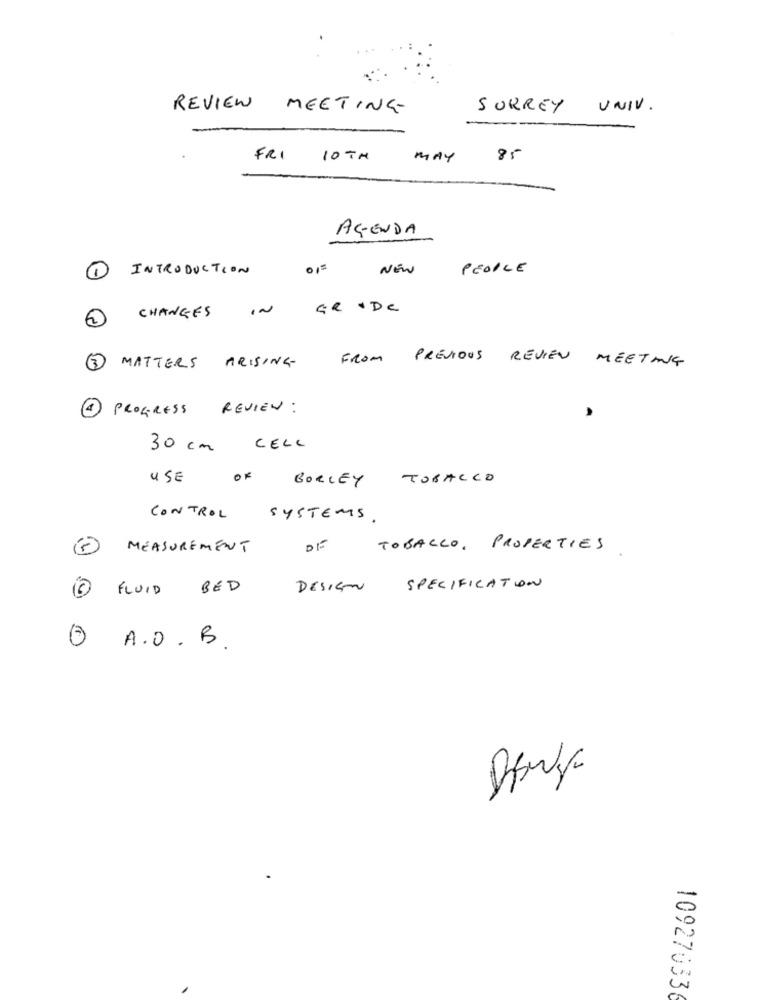
REVIEW MEETING-
SURREY UNIV.
FRI
10 TH
MAY
85
AGENDA
INTRODUCTION
01=
NEW
PEOPLE
IN
GR . De
2
CHANGES
FROM
PREVIOUS REVIEN MEETING
3 MATTERS ARISING-
4 PROGRESS REVIEW :
30 cm CELL
USE
BORLEY
TOBACCO
CONTROL
SYSTEMS.
MEASUREMENT
DE
TOBACCO, PROPERTIES
FLUID
BED
DESIGN
SPECIFICATION
A.O.B .
10927033